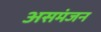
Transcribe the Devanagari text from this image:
असमंजन